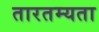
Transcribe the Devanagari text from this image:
तारतम्‍यता